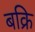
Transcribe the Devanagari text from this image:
बक्रि